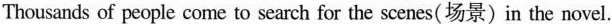
Thousands of people come to search for the scenes(场景) in the novel.